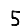
Digit: 5